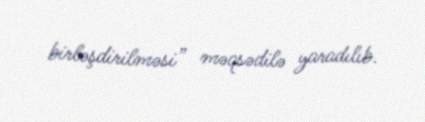
birləşdirilməsi” məqsədilə yaradılıb.